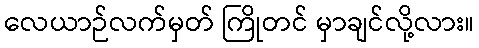
လေယာဉ်လက်မှတ် ကြိုတင် မှာချင်လို့လား။